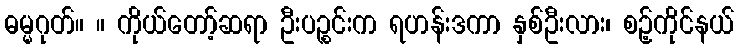
ဓမ္မဂုတ်။ ။ ကိုယ်တော့်ဆရာ ဦးပဉ္စင်းက ရဟန်းဒကာ နှစ်ဦးလား၊ စဉ့်ကိုင်နယ်